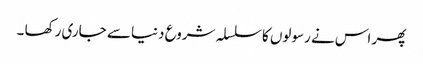
پھر اس نے رسولوں کا سلسلہ شروع دنیا سے جاری رکھا ۔